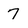
Character: 7